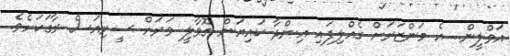
އަވްލީން.. އެ މަންޒަރަށް ގެއްލިފައި އިންދާ ކައިޔަން ގޮވާލީ ވަރަށް ސީރިއަސް ރާގަކަށެވެ.